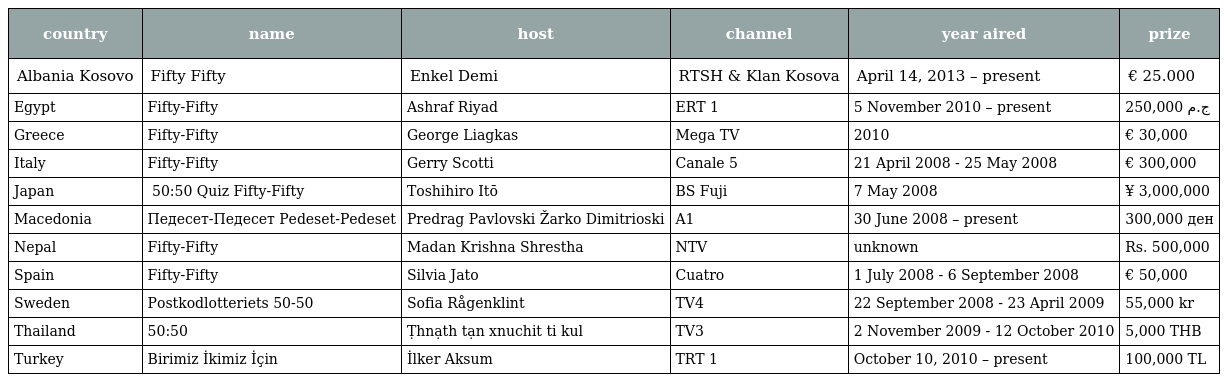
| country | name | host | channel | year aired | prize |
 | --- | --- | --- | --- | --- | --- |
 | Albania Kosovo | Fifty Fifty | Enkel Demi | RTSH & Klan Kosova | April 14, 2013 – present | € 25.000 |
 | Egypt | Fifty-Fifty | Ashraf Riyad | ERT 1 | 5 November 2010 – present | ج.م 250,000 |
 | Greece | Fifty-Fifty | George Liagkas | Mega TV | 2010 | € 30,000 |
 | Italy | Fifty-Fifty | Gerry Scotti | Canale 5 | 21 April 2008 - 25 May 2008 | € 300,000 |
 | Japan | クイズ 50:50 Quiz Fifty-Fifty | Toshihiro Itō | BS Fuji | 7 May 2008 | ¥ 3,000,000 |
 | Macedonia | Педесет-Педесет Pedeset-Pedeset | Predrag Pavlovski Žarko Dimitrioski | A1 | 30 June 2008 – present | 300,000 ден |
 | Nepal | Fifty-Fifty | Madan Krishna Shrestha | NTV | unknown | Rs. 500,000 |
 | Spain | Fifty-Fifty | Silvia Jato | Cuatro | 1 July 2008 - 6 September 2008 | € 50,000 |
 | Sweden | Postkodlotteriets 50-50 | Sofia Rågenklint | TV4 | 22 September 2008 - 23 April 2009 | 55,000 kr |
 | Thailand | 50:50 | Ṭhnạth tạn xnuchit ti kul | TV3 | 2 November 2009 - 12 October 2010 | 5,000 THB |
 | Turkey | Birimiz İkimiz İçin | İlker Aksum | TRT 1 | October 10, 2010 – present | 100,000 TL |